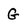
Character: G